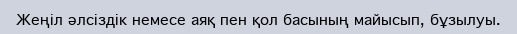
Жеңіл әлсіздік немесе аяқ пен қол басының майысып, бұзылуы.